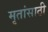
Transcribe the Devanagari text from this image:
मृतांसाठी